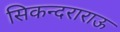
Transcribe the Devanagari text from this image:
सिकन्‍दराराऊ